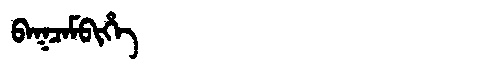
Manchu: ᠪᠠᡴᠴᠠᠮᠪᡳᡥᡝ
Romanization: BAKCAMBIHE